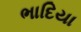
ભાદિયા